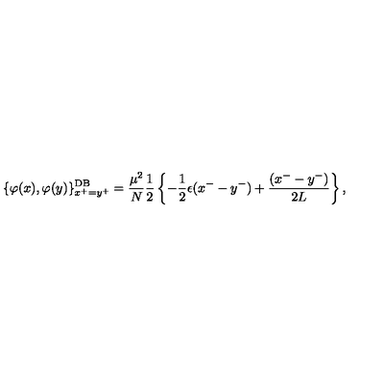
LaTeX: \{ \varphi ( x ) , \varphi ( y ) \} _ { x ^ { + } = y ^ { + } } ^ { \mathrm { D B } } = \frac { \mu ^ { 2 } } { N } \frac { 1 } { 2 } \left\{ - \frac { 1 } { 2 } \epsilon ( x ^ { - } - y ^ { - } ) + \frac { ( x ^ { - } - y ^ { - } ) } { 2 L } \right\} ,